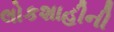
લોકશાહીની